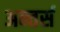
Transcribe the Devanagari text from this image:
अन्तर्स